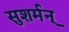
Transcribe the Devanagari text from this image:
सुशर्मन्